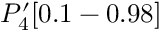
P _ { 4 } ^ { \prime } [ 0 . 1 - 0 . 9 8 ]